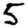
Digit: 5